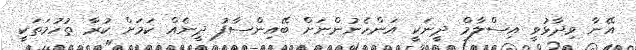
އޭނާ ވިދާޅުވީ އިސްލާމް ދީނަކީ އަންހެނުންނަށް ބޭއިންސާފު ދީނެއް ކަމަށް ކުރާ ތުހުމަތަކީ